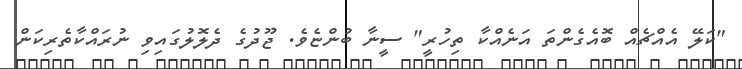
"ކަލޭ އެއްޗެއް ބޮއެގެންތަ އަނެއްކާ ތިހުރީ" ސީނާ ބުންޏެވެ. ޖޫދުގެ ދެލޮލުގައިވި ނުރައްކާތެރިކަން